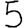
Digit: 5